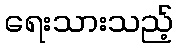
ရေးသားသည့်